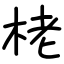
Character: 栳